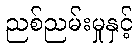
ညစ်ညမ်းမှုနှင့်